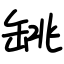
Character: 罀